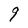
Character: 9